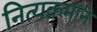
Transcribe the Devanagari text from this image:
नित्यक्रमाने